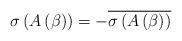
LaTeX: \begin{align*}\sigma\left( A\left( \beta\right) \right) =-\overline{\sigma\left(A\left( \beta\right) \right) } \end{align*}